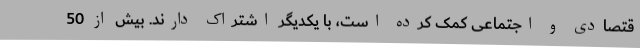
قتصادی و اجتماعی کمک کرده است، با یکدیگر اشتراک دارند. بیش از 50